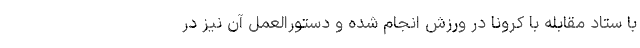
با ستاد مقابله با کرونا در ورزش انجام شده و دستورالعمل‌ آن نیز در